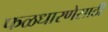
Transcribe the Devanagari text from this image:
फळधारणेसाठी